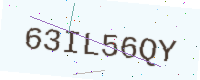
Text: 63IL56QY